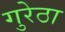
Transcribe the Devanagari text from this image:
गुरेठा